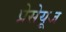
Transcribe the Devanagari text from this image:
प्रेसेयूज